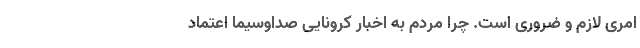
امری لازم و ضروری است. چرا مردم به اخبار کرونایی صداوسیما اعتماد